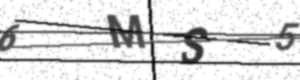
Text: 6MS5